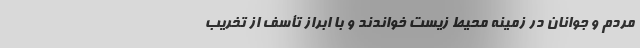
مردم و جوانان در زمینه محیط زیست خواندند و با ابراز تأسف از تخریب